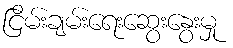
ငြိမ်းချမ်းရေးဆွေးနွေးမှု